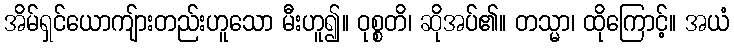
အိမ်ရှင်ယောကျ်ားတည်းဟူသော မီးဟူ၍။ ဝုစ္စတိ၊ ဆိုအပ်၏။ တသ္မာ၊ ထိုကြောင့်။ အယံ